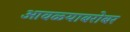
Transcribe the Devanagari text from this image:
आवळ्याबरोबर